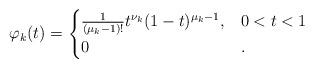
LaTeX: \begin{align*} \varphi_k(t) = \begin{cases} \frac{1}{ (\mu_k-1)!} t^{\nu_k} (1-t)^{\mu_k-1}, & 0 < t < 1 \\ 0 & . \end{cases}\end{align*}